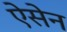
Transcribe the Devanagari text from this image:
ऐसेन